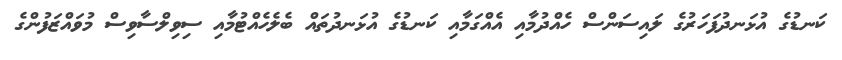
ކަނޑުގެ އުޅަނދުފަހަރުގެ ލައިސަންސް ހެއްދުމާއި އެއްގަމާއި ކަނޑުގެ އުޅަނދުތައް ބެލެހެއްޓުމާއި ސިވިލްސާވިސް މުވައްޒަފުންގެ